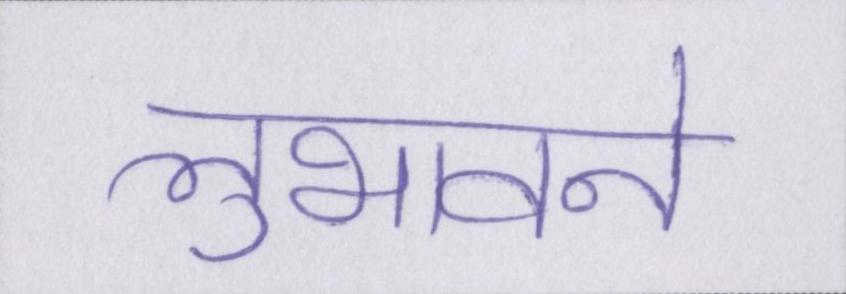
लुभावने